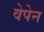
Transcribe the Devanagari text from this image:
वेपेन